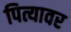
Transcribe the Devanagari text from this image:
पित्यावर